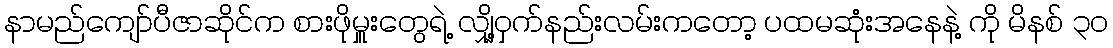
နာမည်ကျော်ပီဇာဆိုင်က စားဖိုမှူးတွေရဲ့ လျှို့ဝှက်နည်းလမ်းကတော့ ပထမဆုံးအနေနဲ့ ကို မိနစ် ၃၀